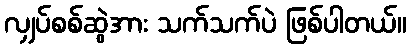
လျှပ်စစ်ဆွဲအား သက်သက်ပဲ ဖြစ်ပါတယ်။